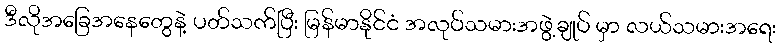
ဒီလိုအခြေအနေတွေနဲ့ ပတ်သက်ပြီး မြန်မာနိုင်ငံ အလုပ်သမားအဖွဲ့ချုပ် မှာ လယ်သမားအရေး